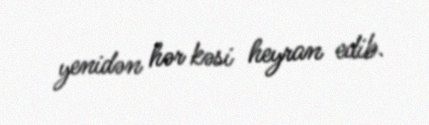
yenidən hər kəsi heyran edib.